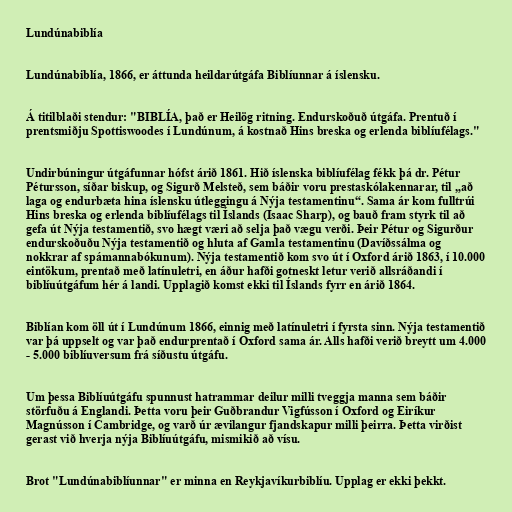
Lundúnabiblía

Lundúnabiblía, 1866, er áttunda heildarútgáfa Biblíunnar á íslensku.

Á titilblaði stendur: "BIBLÍA, það er Heilög ritning. Endurskoðuð útgáfa. Prentuð í
prentsmiðju Spottiswoodes í Lundúnum, á kostnað Hins breska og erlenda biblíufélags."

Undirbúningur útgáfunnar hófst árið 1861. Hið íslenska biblíufélag fékk þá dr. Pétur
Pétursson, síðar biskup, og Sigurð Melsteð, sem báðir voru prestaskólakennarar, til „að
laga og endurbæta hina íslensku útleggingu á Nýja testamentinu“. Sama ár kom fulltrúi
Hins breska og erlenda biblíufélags til Íslands (Isaac Sharp), og bauð fram styrk til að
gefa út Nýja testamentið, svo hægt væri að selja það vægu verði. Þeir Pétur og Sigurður
endurskoðuðu Nýja testamentið og hluta af Gamla testamentinu (Davíðssálma og
nokkrar af spámannabókunum). Nýja testamentið kom svo út í Oxford árið 1863, í 10.000
eintökum, prentað með latínuletri, en áður hafði gotneskt letur verið allsráðandi í
biblíuútgáfum hér á landi. Upplagið komst ekki til Íslands fyrr en árið 1864.

Biblían kom öll út í Lundúnum 1866, einnig með latínuletri í fyrsta sinn. Nýja testamentið
var þá uppselt og var það endurprentað í Oxford sama ár. Alls hafði verið breytt um 4.000
- 5.000 biblíuversum frá síðustu útgáfu.

Um þessa Biblíuútgáfu spunnust hatrammar deilur milli tveggja manna sem báðir
störfuðu á Englandi. Þetta voru þeir Guðbrandur Vigfússon í Oxford og Eiríkur
Magnússon í Cambridge, og varð úr ævilangur fjandskapur milli þeirra. Þetta virðist
gerast við hverja nýja Biblíuútgáfu, mismikið að vísu.

Brot "Lundúnabiblíunnar" er minna en Reykjavíkurbiblíu. Upplag er ekki þekkt.